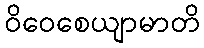
ဝိဝေစေယျာမာတိ